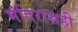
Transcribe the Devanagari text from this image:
मंदिरासही